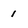
Character: 1